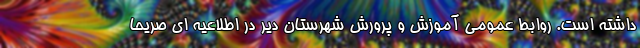
داشته است. روابط عمومی آموزش و پرورش شهرستان دیر در اطلاعیه ای صریحا